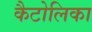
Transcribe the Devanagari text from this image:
कैटोलिका